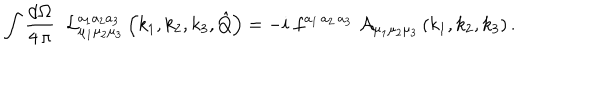
\int \frac { \mathrm { d } \Omega } { 4 \, \pi } \; \; { \cal L } _ { \mu _ { 1 } \mu _ { 2 } \mu _ { 3 } } ^ { a _ { 1 } a _ { 2 } a _ { 3 } } \left( k _ { 1 } , k _ { 2 } , k _ { 3 } , \hat { Q } \right) = - i \; f ^ { a _ { 1 } \, a _ { 2 } \, a _ { 3 } } \; { \cal A } _ { \mu _ { 1 } \mu _ { 2 } \mu _ { 3 } } \left( k _ { 1 } , k _ { 2 } , k _ { 3 } \right) .